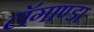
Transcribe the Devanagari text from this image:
टाॅगाण्डा